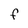
Character: f